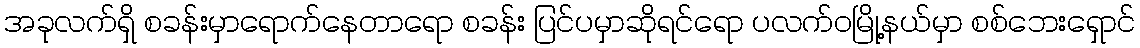
အခုလက်ရှိ စခန်းမှာရောက်နေတာရော စခန်း ပြင်ပမှာဆိုရင်ရော ပလက်ဝမြို့နယ်မှာ စစ်ဘေးရှောင်